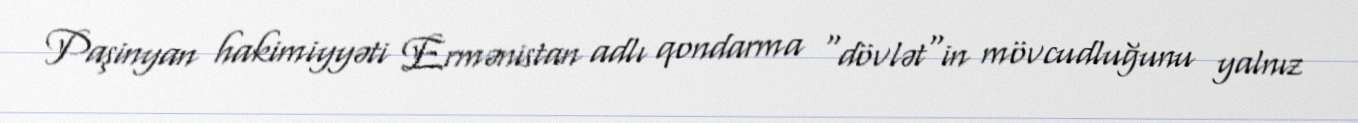
Paşinyan hakimiyyəti Ermənistan adlı qondarma "dövlət"in mövcudluğunu yalnız